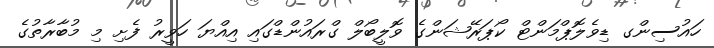
ހައުސިންގ ޑިވެލޮޕްމަންޓް ކޯޕަރޭޝަންގެ ވޮލީބޯލް ގްރައުންޑްގައި އިއްޔަ ހަވީރު ފެށި މި މުބާރާތުގެ